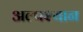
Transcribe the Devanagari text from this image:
अल्पश्यान